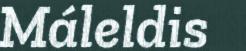
Máleldis